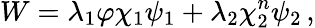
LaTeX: W=\lambda_{1}\varphi\chi_{1}\psi_{1}+\lambda_{2}\chi_{2}^{n}\psi_{2}\, ,